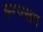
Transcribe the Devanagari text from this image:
झ्ग्ज्ख्ग